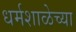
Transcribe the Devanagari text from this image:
धर्मशाळेच्या